Report on vaccination in Madras 1895-1903 - 1895-1903
Year: 1895
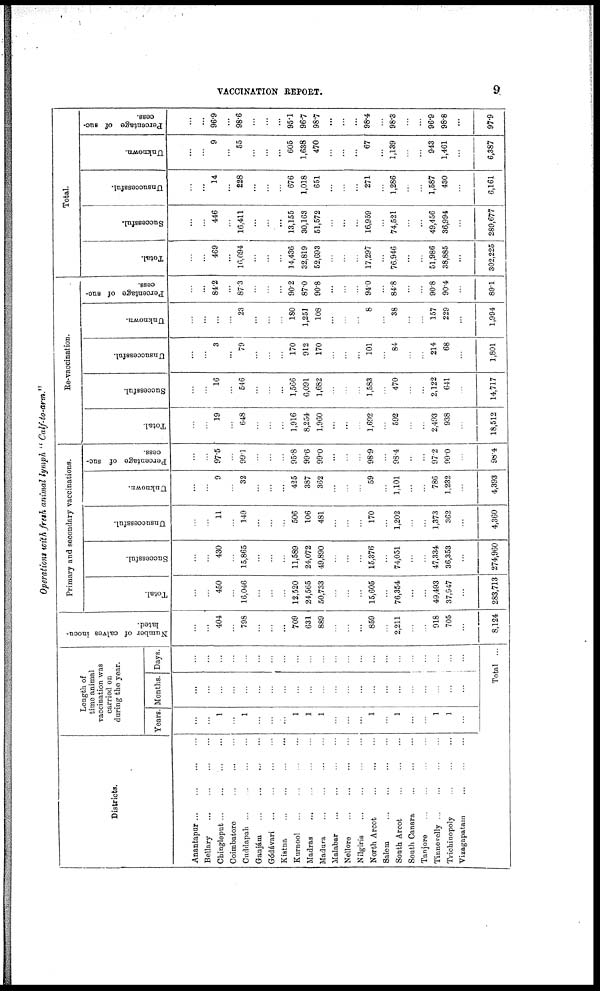
VACCINATION REPORT.
9
Operations with fresh animal lymph " Calf-to-arm."
Districts.
Anantapur
...
...
...
...
Bellary
...
...
...
...
Chingleput
...
...
...
...
Coimbatore
...
...
...
Cuddapah
...
...
...
...
Ganjám
...
...
...
...
Gódávari ... ... ... ...
Kistna
...
...
...
...
Kurnool ... ... ... ...
Madras
...
...
...
...
Madura ... ... ... ...
Malabar
...
...
...
...
Nellore
...
...
...
...
Nilgiris ... ... ... ...
North Arcot
...
...
...
Salem
...
...
...
...
South Arcot
...
...
...
South Canara
...
...
...
Tanjore
...
...
...
...
Tinnevelly ... ... ... ...
Trichinopoly ... ... ...
Vizagapatam
...
...
...
Length of
time animal
vaccination was
carried on
during the year.
Years.
...
...
1
...
1
...
...
...
1
1
1
...
...
...
1
...
1
...
...
1
1
...
Months.
...
...
...
...
...
...
...
...
...
...
...
...
...
...
...
...
...
...
...
...
...
...
Days.
...
...
...
...
...
...
...
...
...
...
...
...
...
...
...
...
...
...
...
...
...
...
Total ...
Number of calves inocu-
lated.
...
...
404
...
798
...
...
...
709
631
889
...
...
...
859
...
2,211
...
...
918
705
...
8,124
Primary and secondary vaccinations.
Total.
...
...
450
...
16,046
...
...
...
12,520
24,565
50,733
...
...
...
15,605
...
76,354
...
...
49,493
37,947
...
283,713
Successful.
...
...
430
...
15,865
...
...
...
11,589
24,072
49,890
...
...
...
15,376
...
74,051
...
...
47,334
36,353
...
274,960
Unsuccessful.
...
...
11
...
149
...
...
...
506
106
481
...
...
...
170
...
1,202
...
...
1,373
362
...
4,360
Unknown.
...
...
9
...
32
...
...
...
425
387
362
...
...
...
59
...
1,101
...
...
786
1,232
...
4,393
Percentage of suc-
cess.
...
...
97.5
...
99.1
...
...
...
95.8
99.6
99.0
...
...
...
98.9
...
98.4
...
...
97.2
99.0
...
98.4
Re-vaccination.
Total.
...
...
19
...
648
...
...
...
1,916
8,254
1,960
...
...
...
1,692
...
592
...
...
2,493
938
...
18,512
Successful.
...
...
16
...
546
...
...
...
1,566
6,091
1,682
...
...
...
1,583
...
470
...
...
2,122
641
...
14,717
Unsuccessful.
...
...
3
...
79
...
...
...
170
912
170
...
...
...
101
...
84
...
...
214
68
...
1,801
Unknown.
...
...
...
...
23
...
...
...
180
1,251
108
...
...
...
8
...
38
...
...
157
229
...
1,994
Percentage of suc-
cess.
...
...
84.2
...
87.3
...
...
...
90.2
87.0
90.8
...
...
...
94.0
...
84.8
...
...
90.8
90.4
...
891
Total.
Total.
...
...
469
...
16,694
...
...
...
14,436
32,819
52,693
...
...
...
17,297
...
76,946
...
...
51,986
38,885
...
302,225
Successful.
...
...
446
...
16,411
...
...
...
13,155
30,163
51,572
...
...
...
16,959
...
74,521
...
...
49,456
36,994
...
289,677
Unsuccessful.
...
...
14
...
228
...
...
...
676
1,018
651
...
...
...
271
...
1,286
...
...
1,587
430
...
6,161
Unknown.
...
...
9
...
55
...
...
...
605
1,638
470
...
...
...
67
...
1,139
...
...
943
1,461
...
6,387
Percentage of suc-
cess.
...
...
96.9
...
98.6
...
...
...
95.1
96.7
98.7
...
...
...
98.4
...
98.3
...
...
96.9
98.8
...
97.9